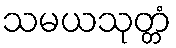
သမယသုတ္တံ